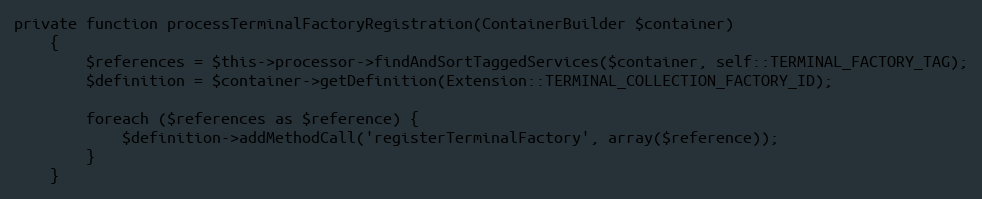
Language: PHP
private function processTerminalFactoryRegistration(ContainerBuilder $container)
    {
        $references = $this->processor->findAndSortTaggedServices($container, self::TERMINAL_FACTORY_TAG);
        $definition = $container->getDefinition(Extension::TERMINAL_COLLECTION_FACTORY_ID);

        foreach ($references as $reference) {
            $definition->addMethodCall('registerTerminalFactory', array($reference));
        }
    }